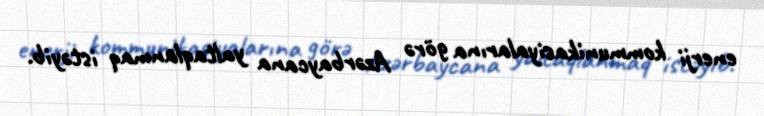
enerji kommunikasiyalarına görə Azərbaycana yaltaqlanmaq istəyib.